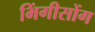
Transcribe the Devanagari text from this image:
भिंगीसोंग